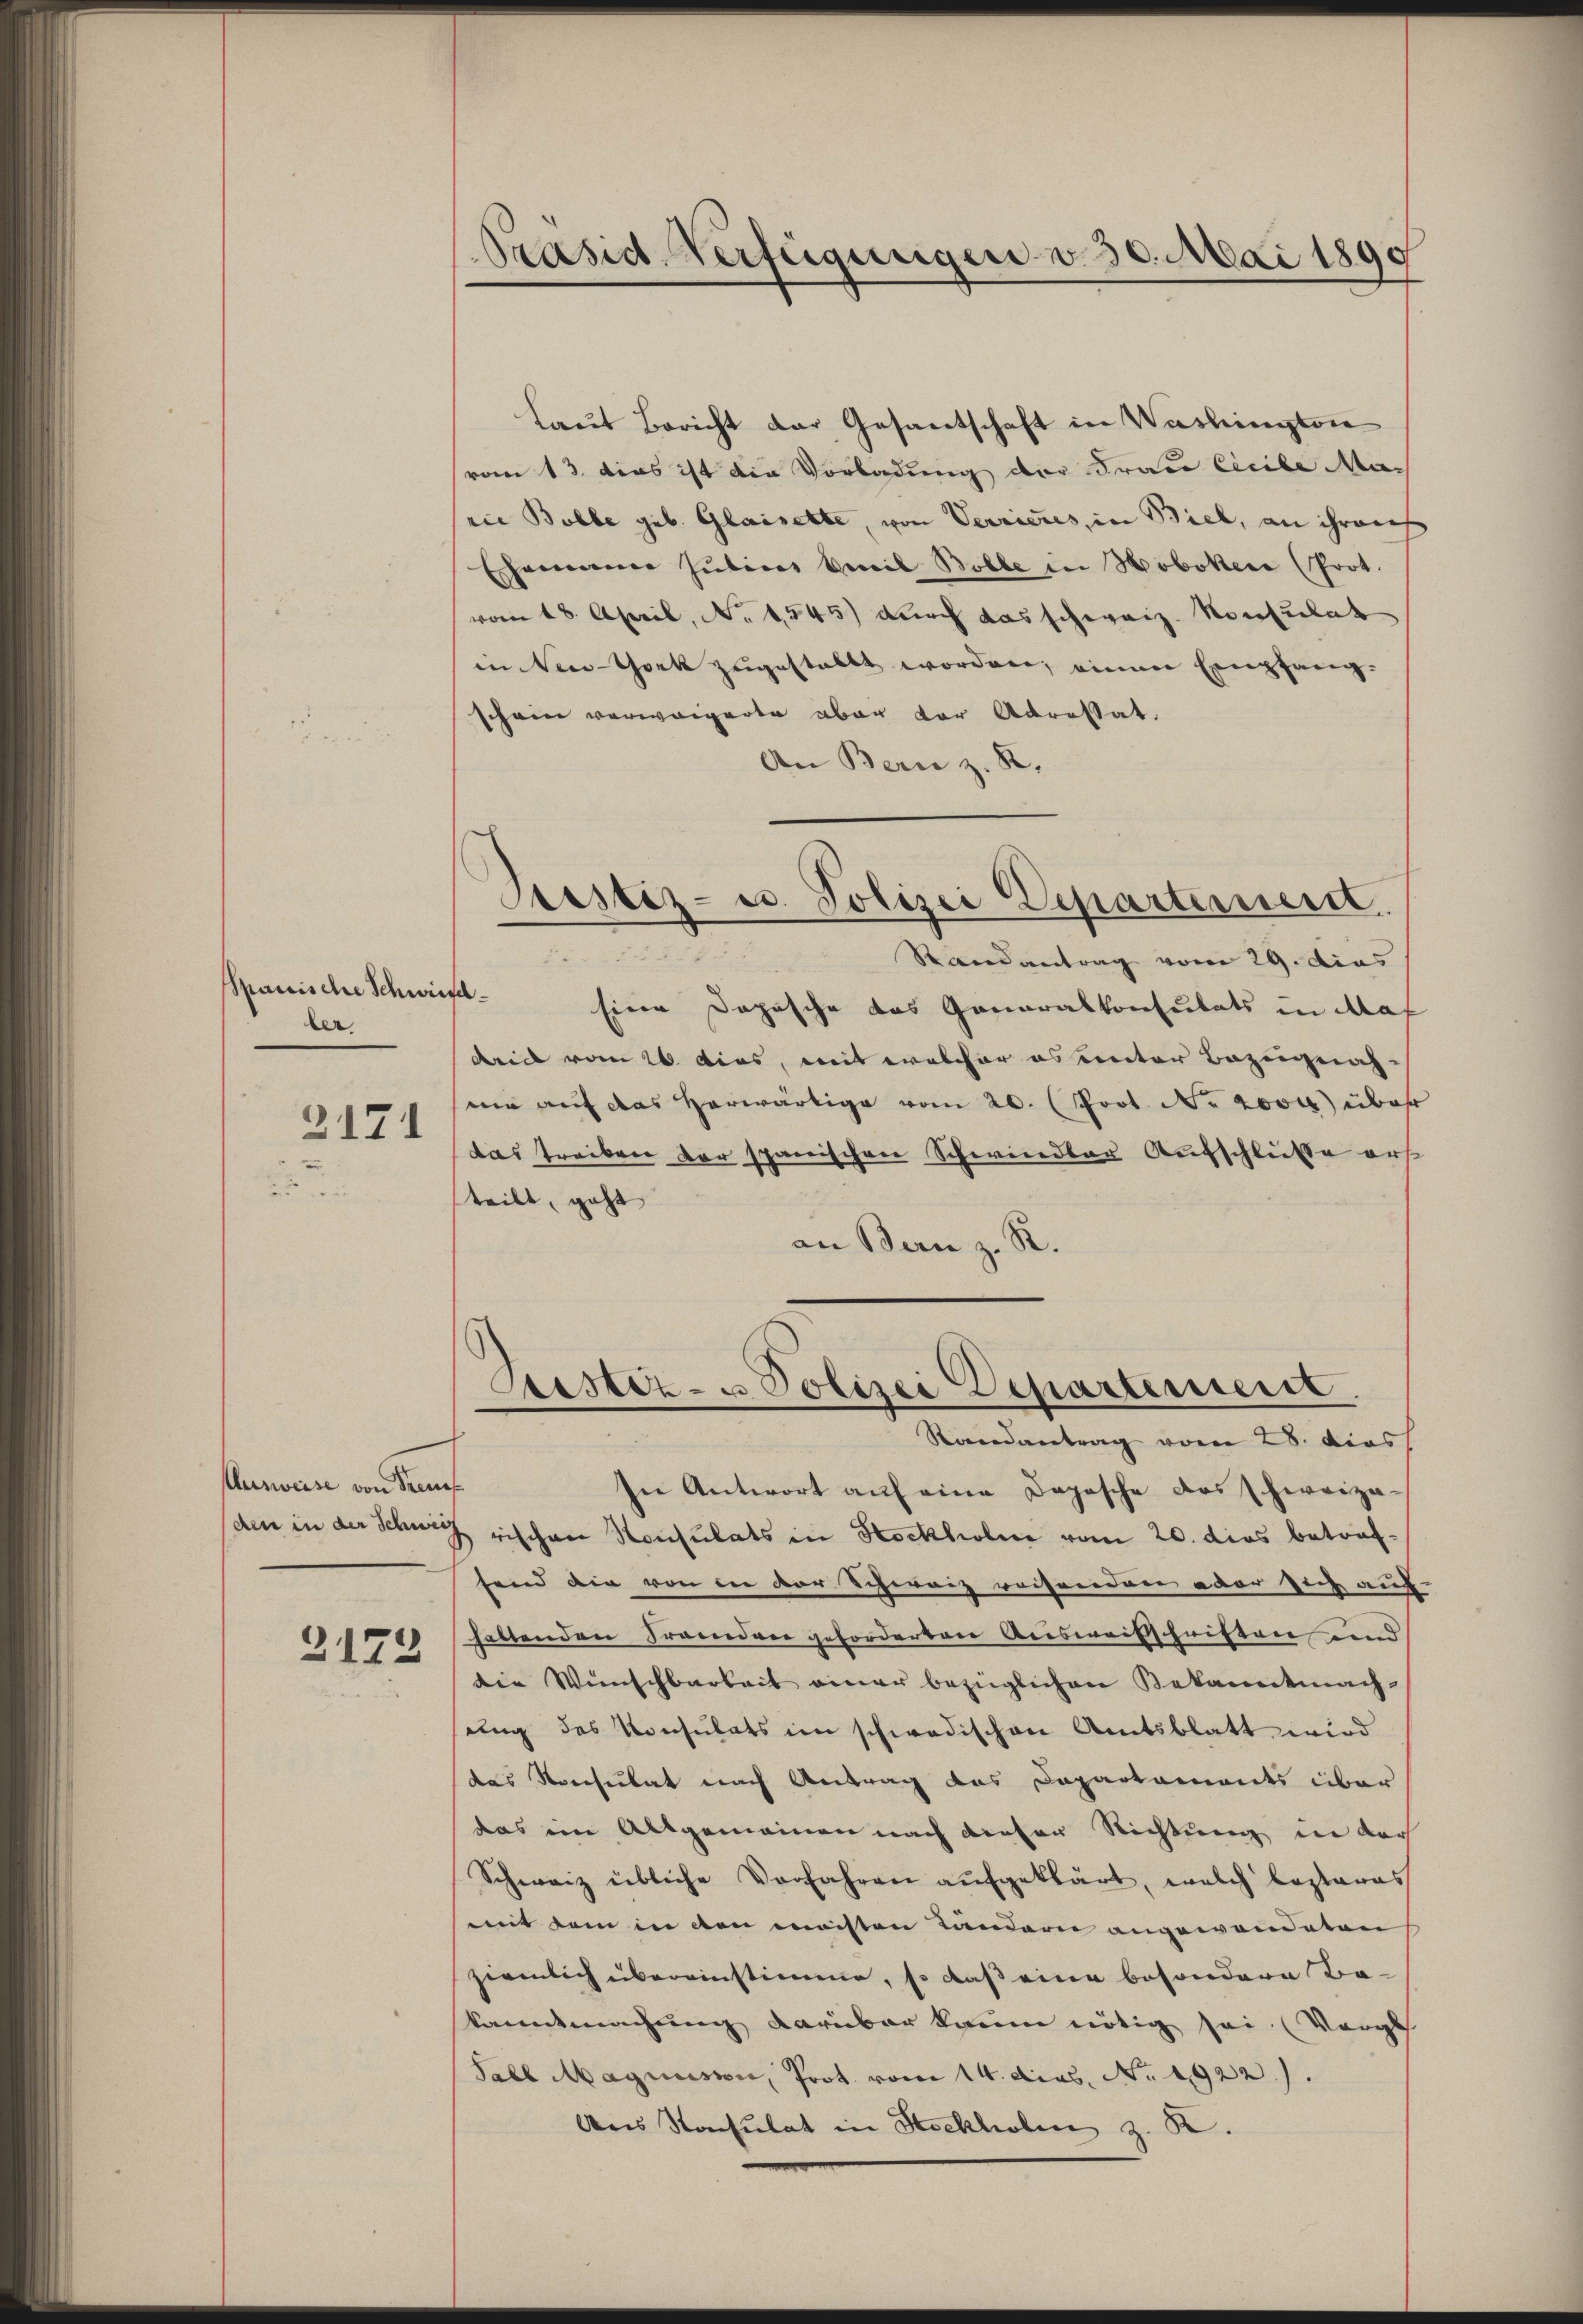
Spanische Schwies
ber
2171

Ausweise von dems

3173

Präsid. Verfügungen v. 30. Mai 1890

Laut Bericht der Gesandtschaft in Washington
(vom 13. dies ist die Vorladung der Frau liebe Mai
rie Bolle geb. Glasselte, von Verrieres, in Biel, an ihren
Ehemann Julius beweil Bolle in Hoboker (Prot.
vom 18. April, No 1545) durch das schweiz. Konsulat
in New-York zugestellt worden, einen Empfang-
schein verweigerte aber vor Adressat
An Bern z. B.
el.
Eine Dopische das Generalkonsulats in Mas
drill vom 26. dies, mit welcher es unter Bezugnahis
wie auf das herwärtige vom 20. (Prot. Nr. 2000 über
das Treiben der spanischen Schwindler Aufschlüße erst
teilt, geht
an Bern z. R.
Bestiz- u Polizei Departement
Randantrag vom 28. dies
In Antwort auf eine Depesche das schweizeden in der Schweiz rischen Konsulats in Hockholm vom 20. dies betraffend die von der der Schweiz weisenden oder sich auf
haltenden Frandere geforderten Ausweisschriften und
die Wünschbarkeit einer bezüglichen Bekanntmachung des Konsulats im schwedischen Amtsblatt wird
das Resutat nach Antrag das Dapartaments über
das im Allgemeinen nach dieser Richtung in der
Schweiz übliche Verfahren aŭfgeklärt, welch lezteres
mmt dem in den meisten Ländern angewanderen
ziemlich übereinstimme, so daß eine besondere Be-
kanntmachung darüber kaum nötig sei. (Vergeh
Sabl Magnusion, Prot. vom 14. dies. No. 1922.)
Ans Konsulat in Stockholen z. B.

Pestiz- u. Polizei Departeinert.
d
Randantrag vom 29. dies